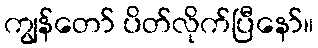
ကျွန်တော် ပိတ်လိုက်ပြီနော်။